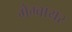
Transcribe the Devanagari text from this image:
मेम्वायर